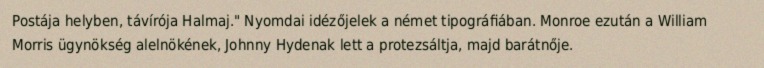
Postája helyben, távírója Halmaj." Nyomdai idézőjelek a német tipográfiában. Monroe ezután a William Morris ügynökség alelnökének, Johnny Hydenak lett a protezsáltja, majd barátnője.